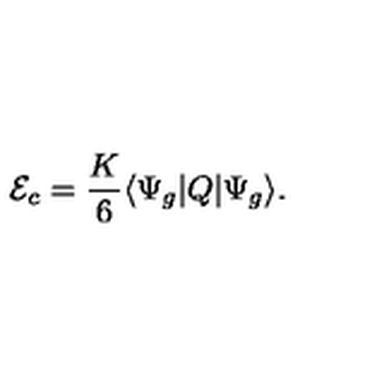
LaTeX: { \mathcal E } _ { c } = \frac K 6 \langle \Psi _ { g } | Q | \Psi _ { g } \rangle .